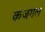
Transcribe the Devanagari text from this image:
कजंगल